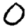
Digit: 0